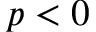
p < 0